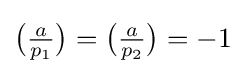
{\big (}{\tfrac {a}{p_{1}}}{\big )}={\big (}{\tfrac {a}{p_{2}}}{\big )}=-1